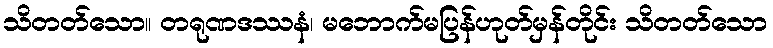
သိတတ်သော။ တရုဏဒဿနံ၊ မဘောက်မပြန်ဟုတ်မှန်တိုင်း သိတတ်သော